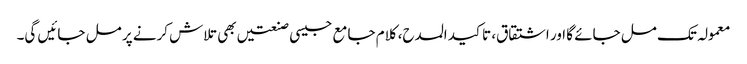
معمولہ تک مل جائے گا اور اشتقاق، تاکید المدح، کلام جامع جیسی صنعتیں بھی تلاش کرنے پر مل جائیں گی۔